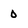
Character: 0